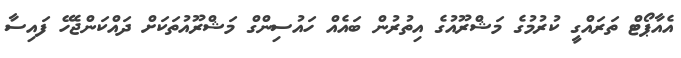
އެއާޕޯޓް ތަރައްގީ ކުރުމުގެ މަޝްރޫއުގެ އިތުރުން ބައެއް ހައުސިންގް މަޝްރޫއުތަކަށް ދައްކަންޖެހޭ ފައިސާ